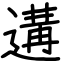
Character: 遘